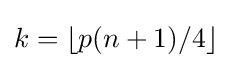
k=\lfloor p(n+1)/4\rfloor